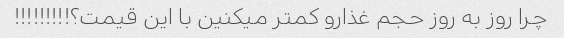
چرا روز به روز حجم غذارو کمتر میکنین با این قیمت؟!!!!!!!!!